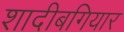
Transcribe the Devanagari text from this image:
शादीबगियार